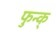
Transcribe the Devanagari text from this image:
फुन्क्